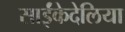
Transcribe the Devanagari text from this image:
साईंकेदेलिया